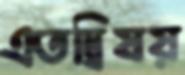
এতদ্বিষয়